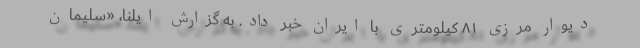
دیوار مرزی ۸۱ کیلومتری با ایران خبر داد. به گزارش ایلنا، «سلیمان